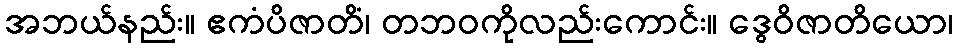
အဘယ်နည်း။ ဧကံပိဇာတိံ၊ တဘဝကိုလည်းကောင်း။ ဒွေဝိဇာတိယော၊